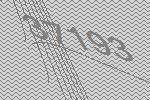
37193